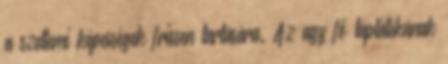
a szellemi képességek frissen tartására. Az agy fő táplálékának